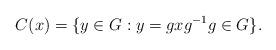
LaTeX: \begin{align*}C(x) = \{y \in G: y = gxg^{-1} g \in G \}. \end{align*}